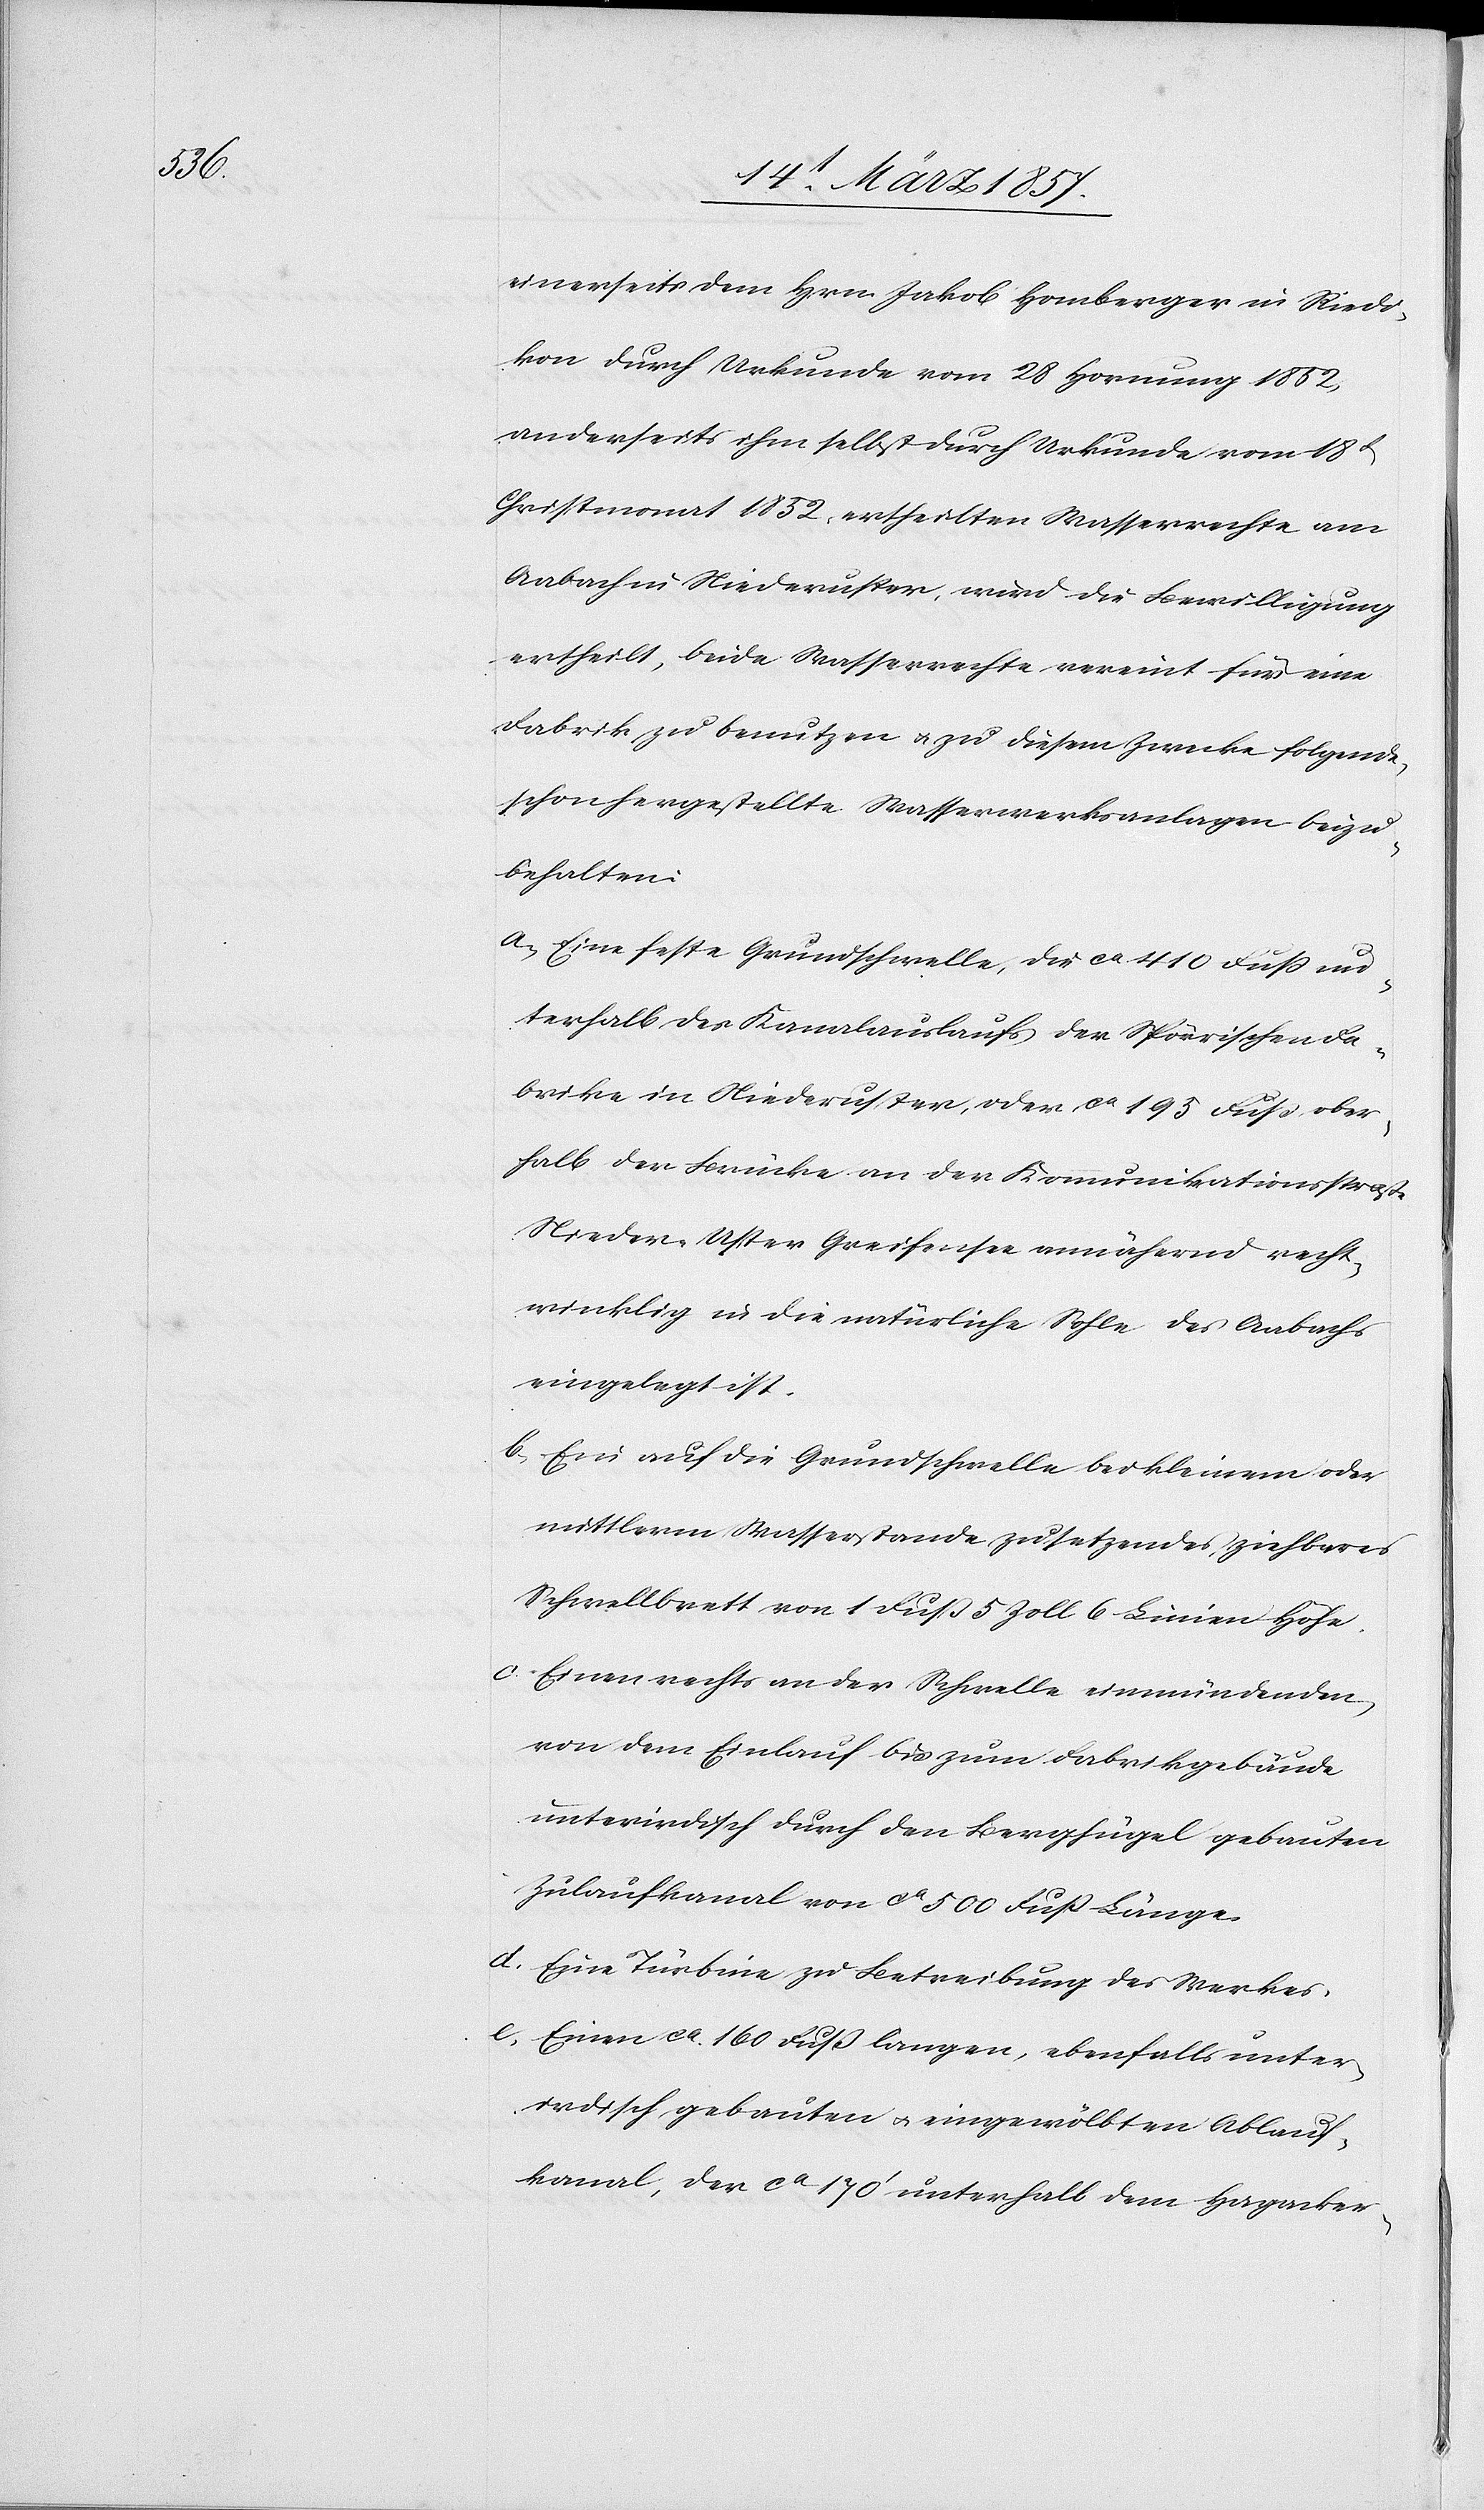
einerseits dem Hrn. Jakob Homberger in Riedi¬
kon durch Urkunde vom 28 Hornung 1852,
anderseits ihm selbst durch Urkunde vom 18t
Christmonat 1852, ertheilten Wasserrechte am
Aabach in Niederuster, wird die Bewilligung
ertheilt, beide Wasserrechte vereint für eine
Fabrik zu benutzen u. zu diesem Zwecke folgende,
schon hergestellte Wasserwerksanlagen beizu¬
behalten:
a. Eine feste Grundschwelle, die ca 410 Fuß un¬
terhalb des Kanalauslaufs der Spörrischen Fa¬
brike in Niederuster, oder ca 195 Fuß ober¬
halb der Brücke an der Kommunikationsstraße
Nieder-Uster[-]Greifensee annähernd recht¬
winklig in die natürliche Sohle des Aabachs
eingelegt ist.
b. Ein auf die Grundschwelle bei kleinem oder
mittlerm Wasserstande zu setzendes, ziehbares
Schwellbrett von 1 Fuß 5 Zoll 6 Linien Höhe.
d. Einen rechts an der Schwelle einmündenden,
von dem Einlauf bis zum Fabrikgebäude
unterirdisch durch den Berghügel gebauten
Zulaufkanal von ca 500 Fuß Länge.
d. Eine Türbine zu Betreibung des Werkes.
e. Einen ca 160 Fuß langen, ebenfalls unter¬
irdisch gebauten u. eingewölbten Ablauf¬
kanal, der ca 170‘ unterhalb dem Hagacker-